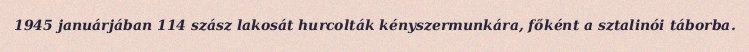
1945 januárjában 114 szász lakosát hurcolták kényszermunkára, főként a sztalinói táborba.